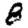
Digit: 8